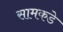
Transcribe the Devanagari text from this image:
सामकडे